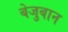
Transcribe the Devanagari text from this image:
बेजुबान